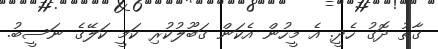
ގާތު ދޮގު ހެދީ. އެ މީހުން އެކަން ގަބޫލުކުރި ކަމީ ކަލޭގެ ނަސީބު.